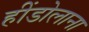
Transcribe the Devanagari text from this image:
हींडोलाना